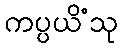
ကပ္ပယိံသု